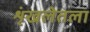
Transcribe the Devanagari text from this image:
शृंखलेतला